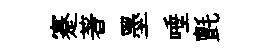
蹇著墨唾氈